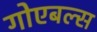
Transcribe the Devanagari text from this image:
गोएबल्स